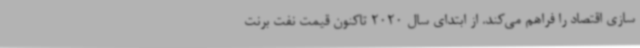
سازی اقتصاد را فراهم می‌کند. از ابتدای سال 2020 تاکنون قیمت نفت برنت